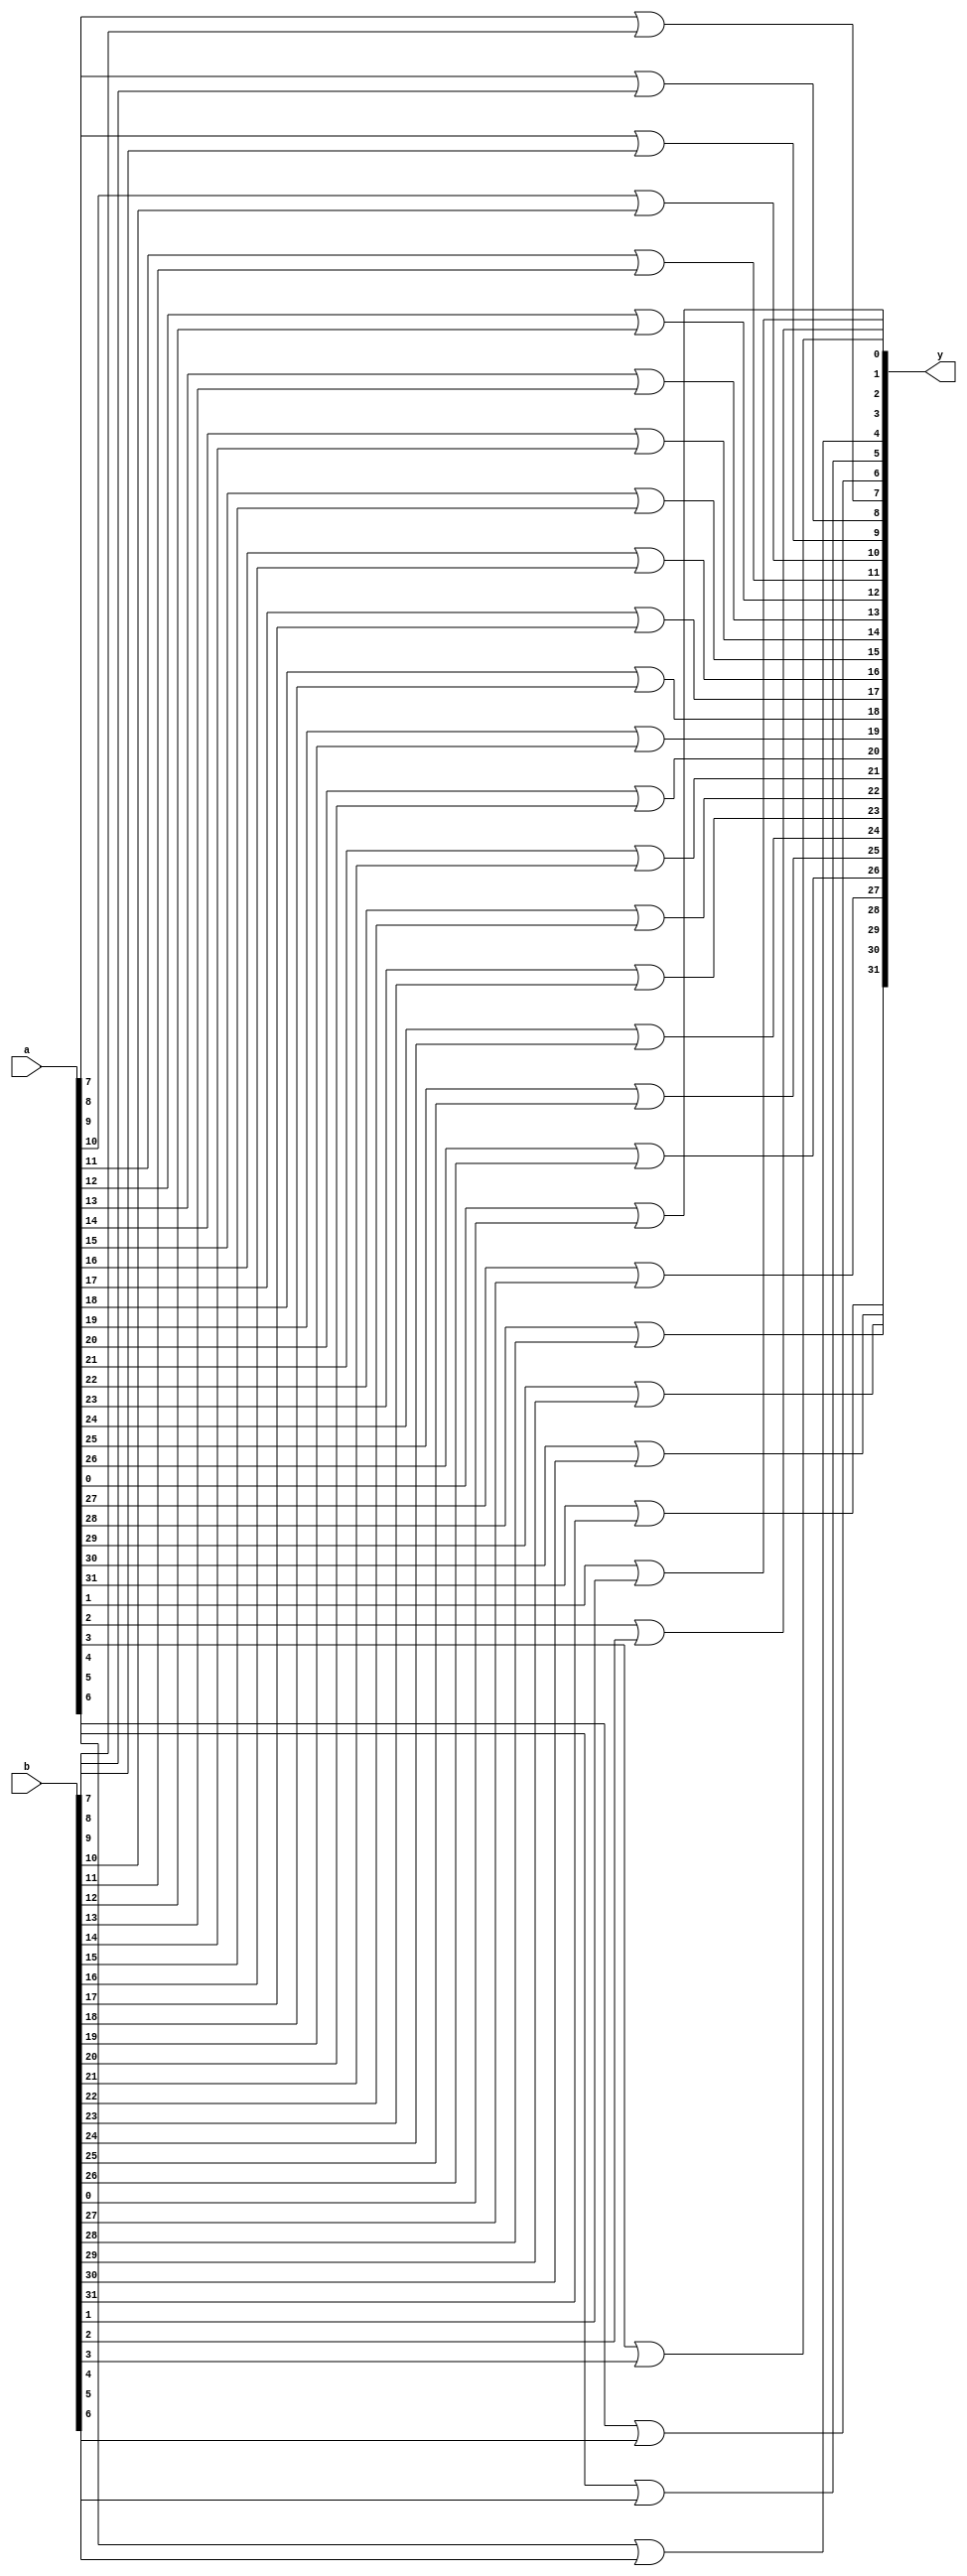
module my_or (output [31:0] y, input [31:0] a, input [31:0] b);

	or or1 (y[0], a[0], b[0]);
	or or2 (y[1], a[1], b[1]);
	or or3 (y[2], a[2], b[2]);
	or or4 (y[3], a[3], b[3]);
	or or5 (y[4], a[4], b[4]);
	or or6 (y[5], a[5], b[5]);
	or or7 (y[6], a[6], b[6]);
	or or8 (y[7], a[7], b[7]);
	or or9 (y[8], a[8], b[8]);
	or or10 (y[9], a[9], b[9]);
	or or11 (y[10], a[10], b[10]);
	or or12 (y[11], a[11], b[11]);
	or or13 (y[12], a[12], b[12]);
	or or14 (y[13], a[13], b[13]);
	or or15 (y[14], a[14], b[14]);
	or or16 (y[15], a[15], b[15]);
	or or17 (y[16], a[16], b[16]);
	or or18 (y[17], a[17], b[17]);
	or or19 (y[18], a[18], b[18]);
	or or20 (y[19], a[19], b[19]);
	or or21 (y[20], a[20], b[20]);
	or or22 (y[21], a[21], b[21]);
	or or23 (y[22], a[22], b[22]);
	or or24 (y[23], a[23], b[23]);
	or or25 (y[24], a[24], b[24]);
	or or26 (y[25], a[25], b[25]);
	or or27 (y[26], a[26], b[26]);
	or or28 (y[27], a[27], b[27]);
	or or29 (y[28], a[28], b[28]);
	or or30 (y[29], a[29], b[29]);
	or or31 (y[30], a[30], b[30]);
	or or32 (y[31], a[31], b[31]);

endmodule